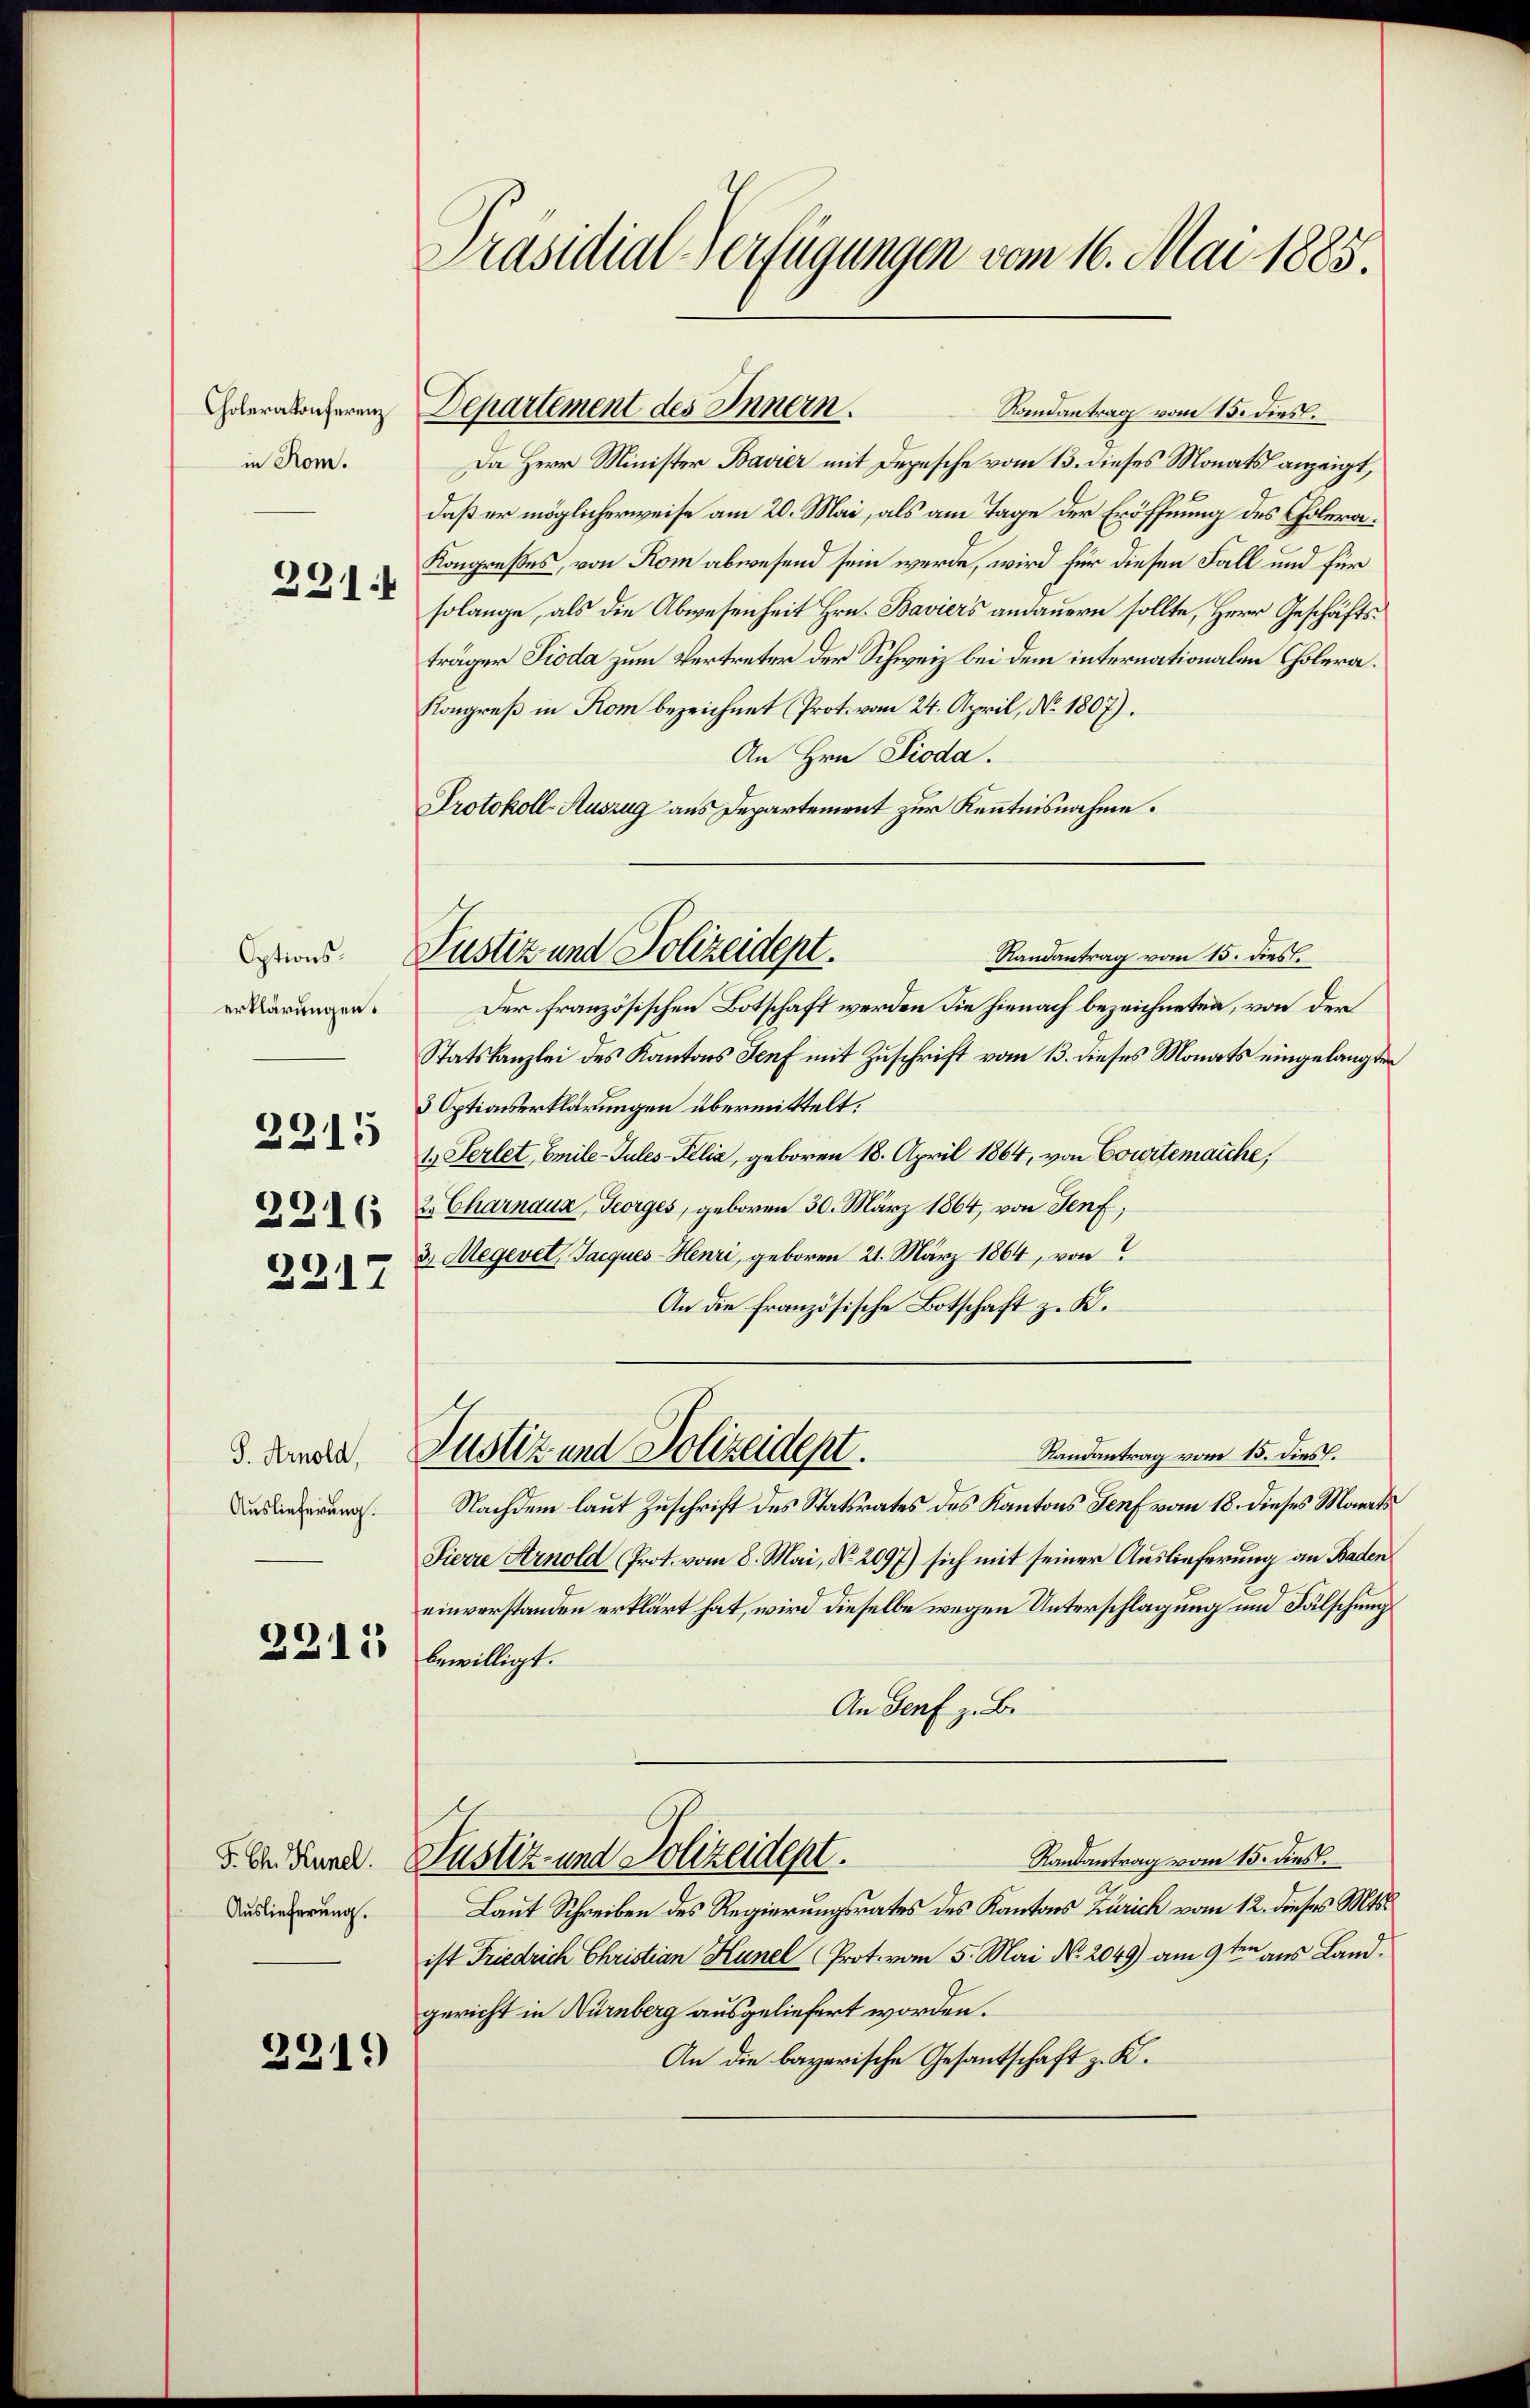
Cholerakonferenz
in Rom.
221.

Optionserklärungen.
2215
2216

2317

S. Arnold,
Auslieferung.

3211

F. Ch. Künel.
Auslieferung.

2219

Präsidial-Verfügungen vom 16. Mai 1883.

Departement des Innern.
Randantrag vom 15. dies.
Da Herr Minister Bavier mit Depesche vom 13. dieses Monatsanzeigt,
daß er möglicherweise am 20. Mai, als am Tage der Eröffnung des Cholera¬
Kongreßes, von Rom abwesend sein werde, wird für diesen Fall und für
solange, als die Abwesenheit Hrn. Baviers andauern sollte, Herr Geschäftsträger Pioda zum Vertreter der Schweiz bei dem internationalen Cholera¬
Kongreß in Rom bezeichnet (Prot. vom 24. April, No. 1807).
An Hrn Pioda.
Protokoll Auszug aus Departement zur Kenntnisnahme.

Justiz und Polizeidept.
Randantrag vom 15. dies

Justiz und Polizeident.

Der französischen Botschaft werden die hienach bezeichneten, von der
Statskanzlei des Kantons Senf mit Zuschrift vom 13. dieses Monats eingelangten
3 Optionserklärungen übermittelt.
1.) Serlet, Emile-Jules-Filia, geboren 18. April 1864, von Courtemarche,
2. Charnaux, Georges, geboren 30. März 1864, von Senf,
3.) Megevet, Jacques-Henri, geboren 21. März 1864, von
An die französische Botschaft z. K.
Randantrag vom 15. dies.
Nachdem laut Zuschrift des Statsrates des Kantons Genf vom 18. dieses Marits
Sierre Arnold (Prot. vom 8. Mai, No. 2097) sich mit seiner Auslieferung an Baden
einverstanden erklärt hat, wird dieselbe wegen Unterschlagung und Fälschungs
bewilligt.
An Genf z. B.
Randantrag vom 15. dies
Justiz und Polizeidept.
Laut Schreiben des Regierungsrates des Kantons Zürich vom 12. dieses Mts.
ist Friedrich Christian Hünel (Prot. vom 5. Mai No. 2049) am 9ten aus Landgericht in Nürnberg ausgeliefert worden.
An die bayerische Gesantschaft z. K.